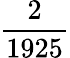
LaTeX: \frac{2}{1925}